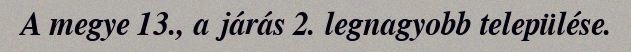
A megye 13., a járás 2. legnagyobb települése.